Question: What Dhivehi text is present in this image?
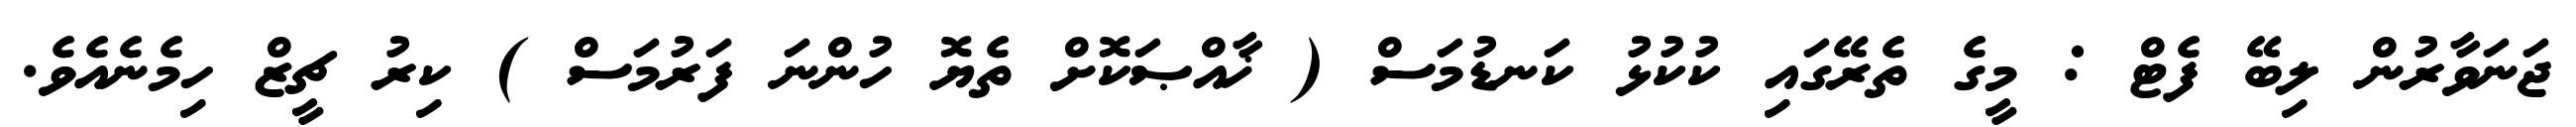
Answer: ޖަނަވާރުން ލިބޭ ފެޓް : މީގެ ތެރޭގައި ކުކުޅު ކަނޑުމަސް ( ޚާއްޞަކޮށް ތެޔޮ ހުންނަ ފަރުމަސް ) ކިރު ޗީޒް ހިމެނެއެވެ.